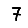
Digit: 7